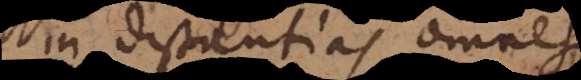
in distantias omnes